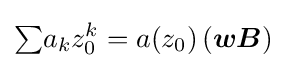
{\textstyle \sum }a_{k}z_{0}^{k}=a(z_{0})\,({\boldsymbol {wB}})